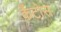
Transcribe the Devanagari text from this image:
कैंटोस